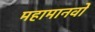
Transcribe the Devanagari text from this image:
महामानवों